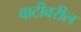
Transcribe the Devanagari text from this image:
वाटीवरील